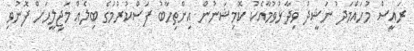
ރަައީސް މުހައްމަދު ނަޝީދު ވިދާޅުވުމާއެކު ކޮމިޝަނުން އިންތިހާބު ފަސްކުރުމުގެ ބިލެއް މަޖިލީހަށް ފޮނުވި